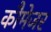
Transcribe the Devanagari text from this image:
कौमेजर